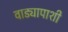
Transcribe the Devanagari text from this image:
वाड्यापाशी